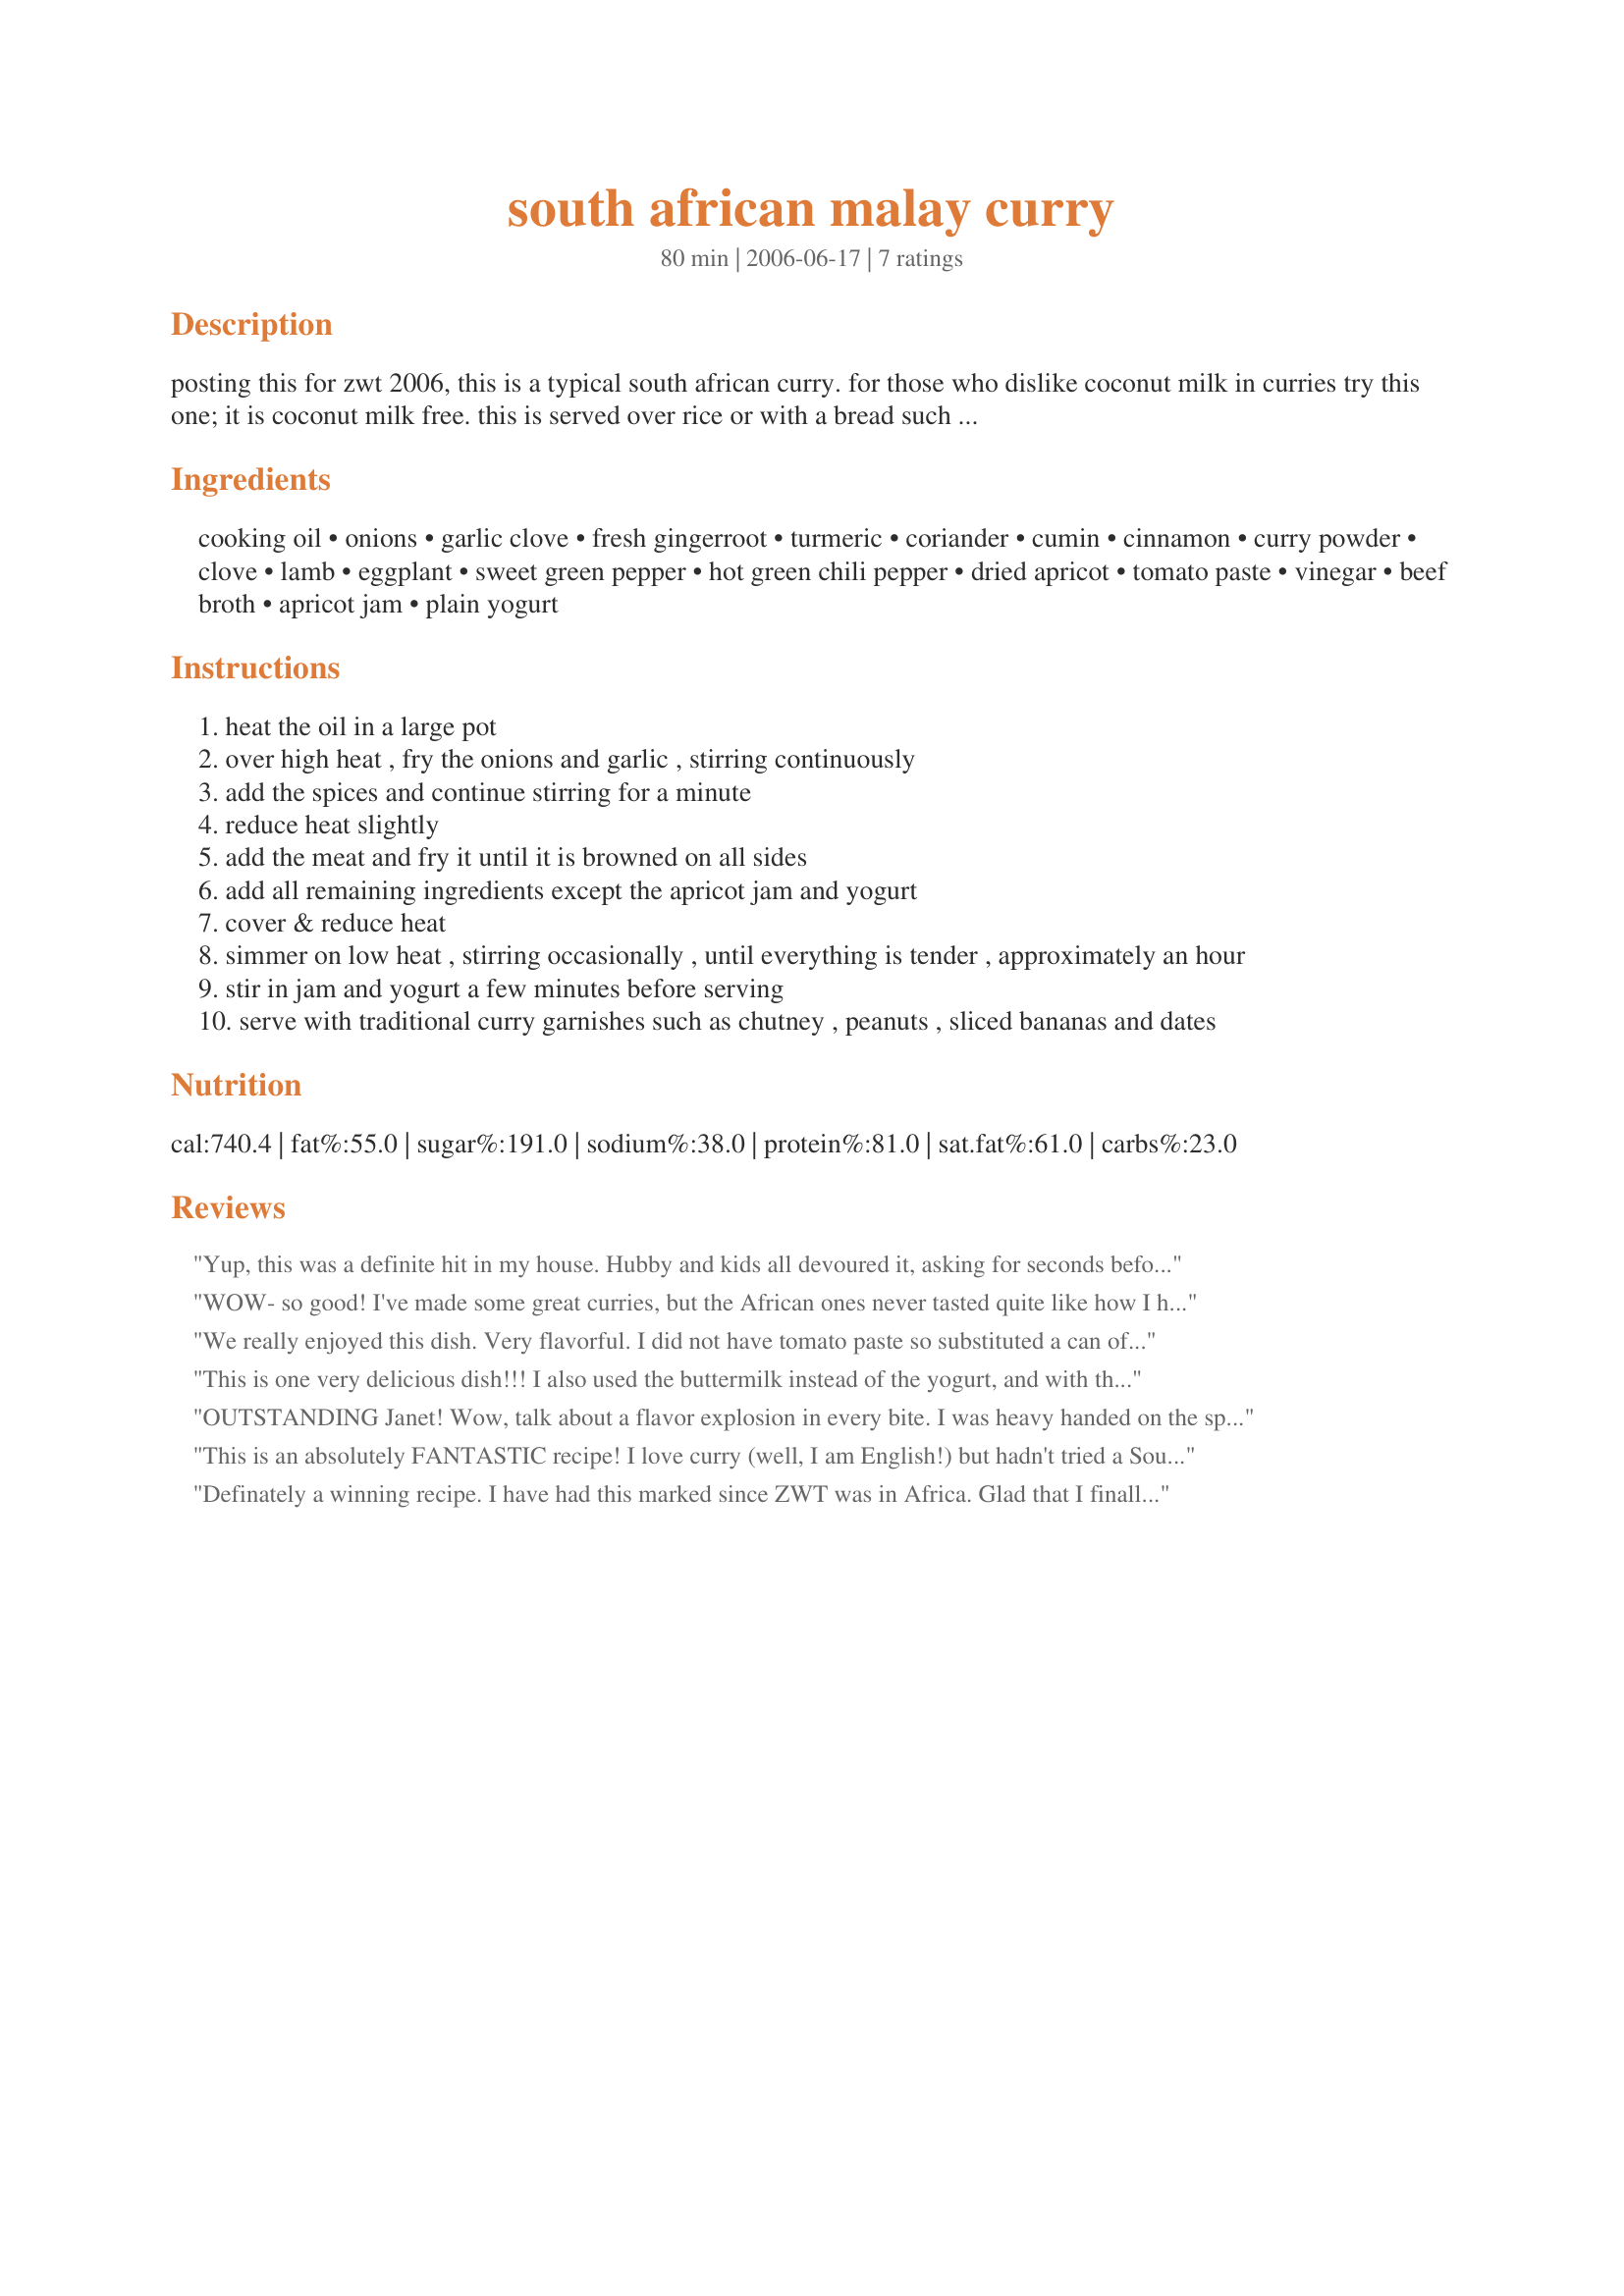
south african malay curry
Preparation time: 80 minutes

posting this for zwt 2006, this is a typical south african curry. for those who dislike coconut milk in curries try this one; it is coconut milk free. this is served over rice or with a bread such as chapatis.

Ingredients:
cooking oil, onions, garlic clove, fresh gingerroot, turmeric, coriander, cumin, cinnamon, curry powder, clove, lamb, eggplant, sweet green pepper, hot green chili pepper, dried apricot, tomato paste, vinegar, beef broth, apricot jam, plain yogurt

Steps:
heat the oil in a large pot
over high heat , fry the onions and garlic , stirring continuously
add the spices and continue stirring for a minute
reduce heat slightly
add the meat and fry it until it is browned on all sides
add all remaining ingredients except the apricot jam and yogurt
cover & reduce heat
simmer on low heat , stirring occasionally , until everything is tender , approximately an hour
stir in jam and yogurt a few minutes before serving
serve with traditional curry garnishes such as chutney , peanuts , sliced bananas and dates

Reviews:
Yup, this was a definite hit in my house. Hubby and kids all devoured it, asking for seconds before the 'firsts' were totally done! I used boneless chicken thighs, zucchini instead of eggplant and 1 tsp crushed dried chilies since I had no fresh (heavy on the other spices too), and it was delish. Buttermilk is a lovely touch, never used it instead of yogurt before, but will again. A perfect meal for these 30 Celsius days we've been having on the Canadian prairie lately. Thanks!!
WOW- so good! I've made some great curries, but the African ones never tasted quite like how I hoped. This recipe is among the best though. I didn't change a thing, and I wouldn't want to. Thanks for sharing.
We really enjoyed this dish. Very flavorful.
I did not have tomato paste so substituted a can of crushed tomatoes. Served with white rice and garlic naan and it was perfect! Thanks for sharing.
This is one very delicious dish!!! I also used the buttermilk instead of the yogurt, and with the apricots and jam this balanced out the spices. I served this with wild rice along with Beggers and Rum (cuz I didn't have any chutney on hand and had already made my one trip to the market in this heat, was not going to go out in it again)Really enjoyed the meal, Thank You for sharing this recipe with us.
OUTSTANDING Janet! Wow, talk about a flavor explosion in every bite. I was heavy handed on the spices (especially the curry), and I did use buttermilk in place of the yogurt. I was extremely pleased with the results. Thanks so much for sharing this wonderful recipe- Nick's Mom
This is an absolutely FANTASTIC recipe! I love curry (well, I am English!) but hadn't tried a South African one before. Hot, sweet and aromatic flavours MMMMMMM!
Definately a winning recipe. I have had this marked since ZWT was in Africa. Glad that I finally got to try it. I garnished it with banana and finely chopped peanuts.
